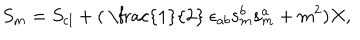
S _ { m } = S _ { \mathrm { c l } } + ( \mathrm { ~ \frac { 1 } { 2 } ~ } \epsilon _ { a b } \mathbf { s } _ { m } ^ { b } \mathbf { s } _ { m } ^ { a } + m ^ { 2 } ) X ,